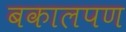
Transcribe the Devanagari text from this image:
बकालपण